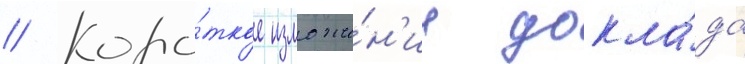
// Коро́ткое изложе́н'ие докла́да